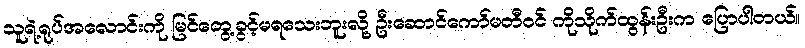
သူရဲ့ရုပ်အလောင်းကို မြင်တွေ့ခွင့်မရသေးဘူးလို့ ဦးဆောင်ကော်မတီဝင် ကိုသိုက်ထွန်းဦးက ပြောပါတယ်။